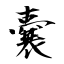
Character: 嚢